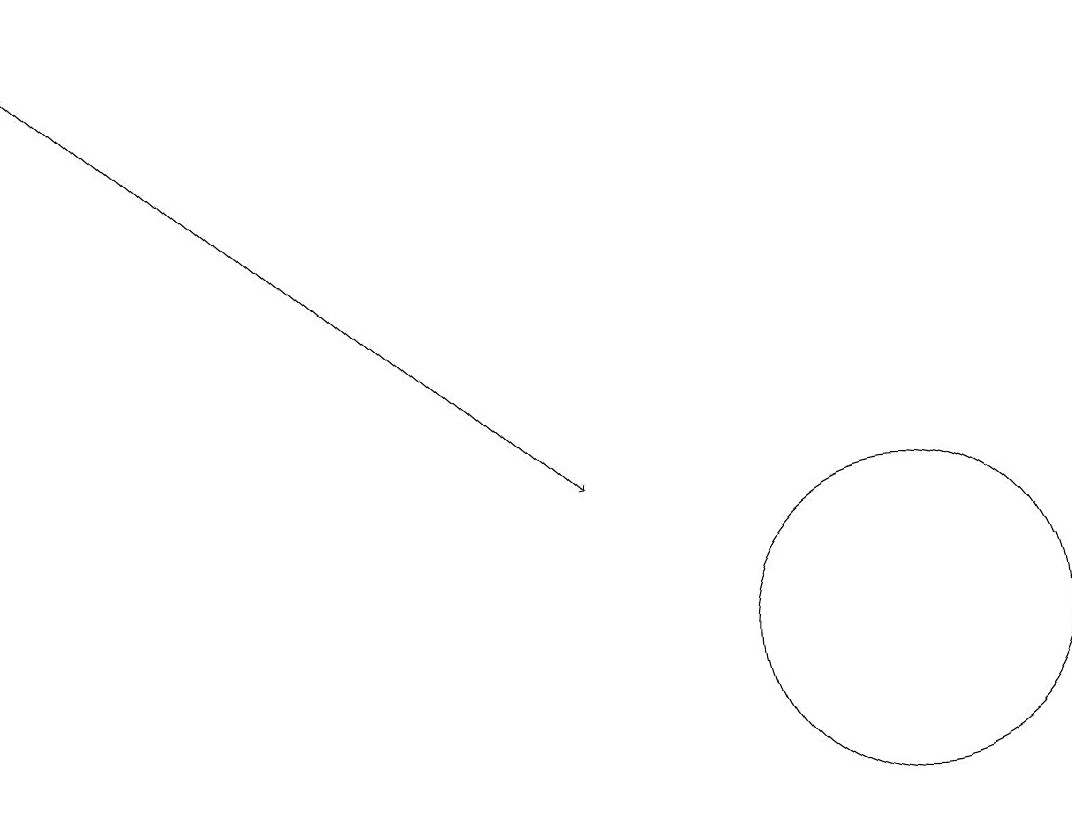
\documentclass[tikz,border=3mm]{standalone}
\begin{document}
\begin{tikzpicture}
\draw[->] (0,18) -- (7,12);
\draw (11,10) circle (2);
\draw (10,12) circle (0);
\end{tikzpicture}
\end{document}